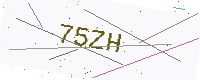
Text: 75ZH